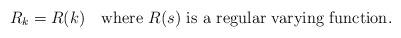
LaTeX: \begin{align*}R_k=R(k)\quad\mbox{where $R(s)$ is a regular varying function}.\end{align*}